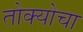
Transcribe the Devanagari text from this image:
तोक्योचा